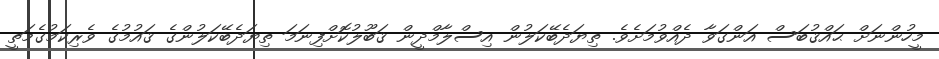
މީހުންނަށް ޙައްޤުބަސް އަންގަވާ ދެއްވުމަށެވެ. ތިޔަދެބޭކަލުން އިސްލާމްދީން ޤަބޫލުކޮށްފިނަމަ ތިޔަދެބޭކަލުންގެ ޤައުމުގެ ވެރިކަމުގެމަތީ